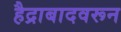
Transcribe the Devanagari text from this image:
हैद्राबादवरून